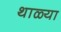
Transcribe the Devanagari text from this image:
थाळ्या